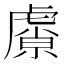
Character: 𬟮